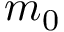
m _ { 0 }